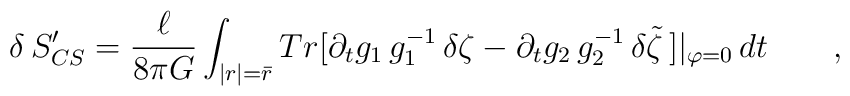
\delta \, S'_{CS}= \frac \ell {8 \pi G} \int_{|r|=\bar r} Tr[\partial_t g_1 \, g_1^{-1}\, \delta \zeta -\partial_t g_2 \, g_2^{-1} \,  \delta \tilde \zeta  \, ] |_{\varphi=0} \, dt \qquad ,